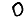
Digit: 0